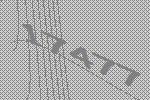
17477